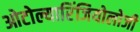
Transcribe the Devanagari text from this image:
ओटोल्यारिंजियोलोजी